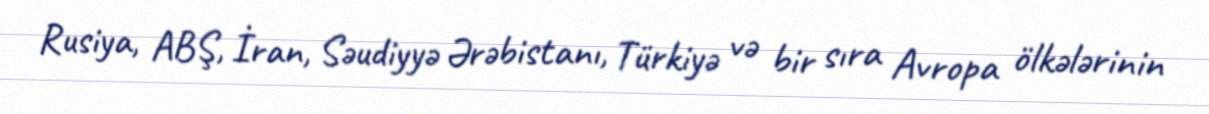
Rusiya, ABŞ, İran, Səudiyyə Ərəbistanı, Türkiyə və bir sıra Avropa ölkələrinin